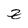
Character: z